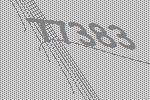
77383